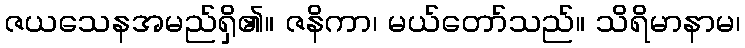
ဇယသေနအမည်ရှိ၏။ ဇနိကာ၊ မယ်တော်သည်။ သိရိမာနာမ၊